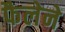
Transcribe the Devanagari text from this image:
फैलेने